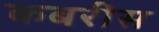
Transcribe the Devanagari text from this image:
कबरीस